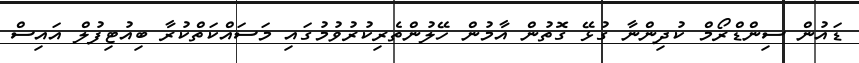
ޑައުން ސިންޑްރޯމް ކުދިންނާ ގުޅޭ ގޮތުން އާމުން ހޭލުންތެރިކުރުވުމުގައި މަސައްކަތްކުރާ ބިއުޓިފުލް އައިސް